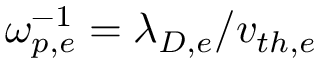
\omega _ { p , e } ^ { - 1 } = \lambda _ { D , e } / v _ { t h , e }